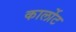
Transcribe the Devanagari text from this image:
कार्लोट